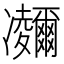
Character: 鿛